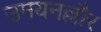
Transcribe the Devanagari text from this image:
उमयनल्लौर